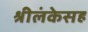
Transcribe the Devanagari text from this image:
श्रीलंकेसह